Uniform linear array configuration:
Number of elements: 48
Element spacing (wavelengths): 0.5
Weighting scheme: hann
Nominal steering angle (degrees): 60
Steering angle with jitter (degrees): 60.33
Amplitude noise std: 0.05
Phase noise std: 0.05

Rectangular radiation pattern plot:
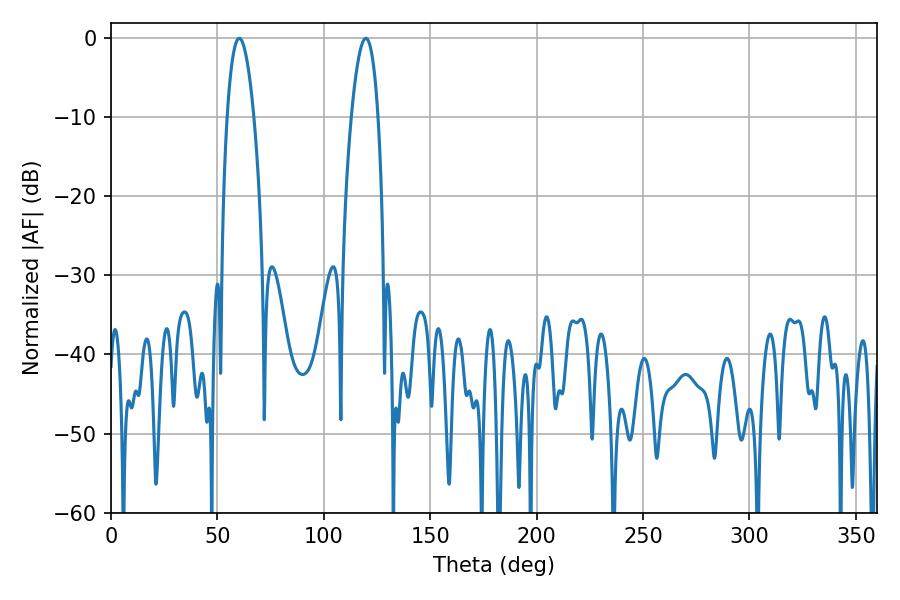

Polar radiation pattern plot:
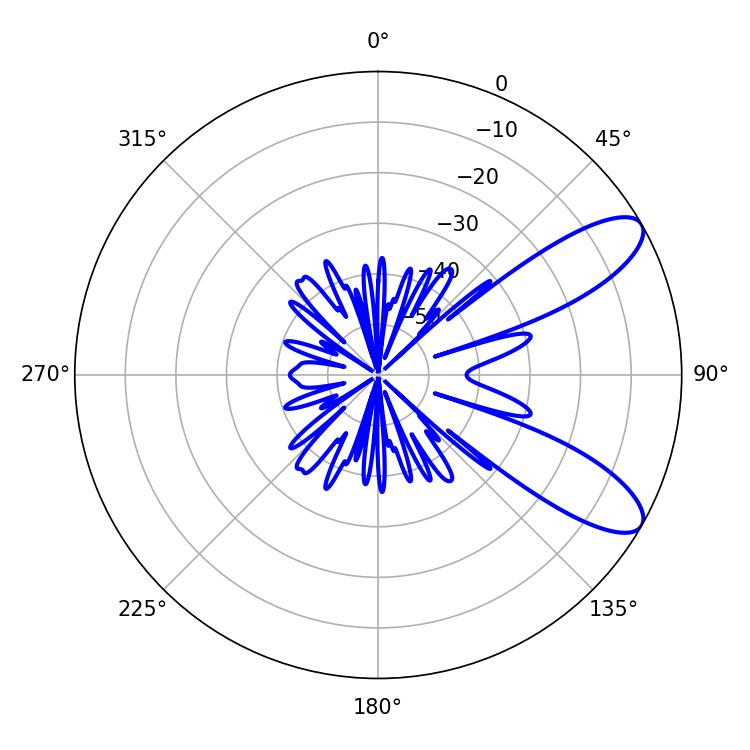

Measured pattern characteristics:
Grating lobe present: FALSE
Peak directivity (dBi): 9.455
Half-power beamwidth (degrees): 7.02
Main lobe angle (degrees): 60.3